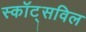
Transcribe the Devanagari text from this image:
स्कॉट्सविल